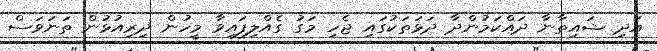
އަދި ޝައިތާނާ ދައްކަމުންދާ ދަޅަތަކުގައި ޖެހި މަގު ގެއްލިފައިވާ މީހުން ދިރިއުޅުން ތަނަވަސް